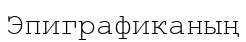
Эпиграфиканың